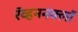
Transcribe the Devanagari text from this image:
रॅव्हननक्लॉ